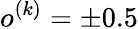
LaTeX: o^{(k)}=\pm 0.5